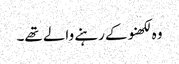
وہ لکھنو کے رہنے والے تھے۔